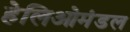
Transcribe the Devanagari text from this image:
हेलिओमंडल